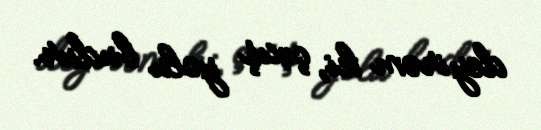
deyirəm ki, çıxış yolu budur.